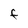
Character: F